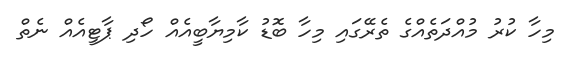
މިހާ ކުރު މުއްދަތެއްގެ ތެރޭގައި މިހާ ބޮޑު ކާމިޔާބީއެއް ހޯދި ޕާޓީއެއް ނެތް